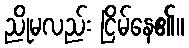
ညိုမလည်း ငြိမ်နေ၏။